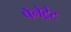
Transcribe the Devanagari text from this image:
पेनेट्रेट